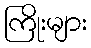
ကြိုးများ